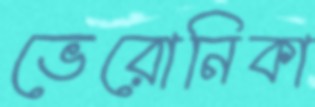
ভেরোনিকা